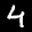
Digit: 4